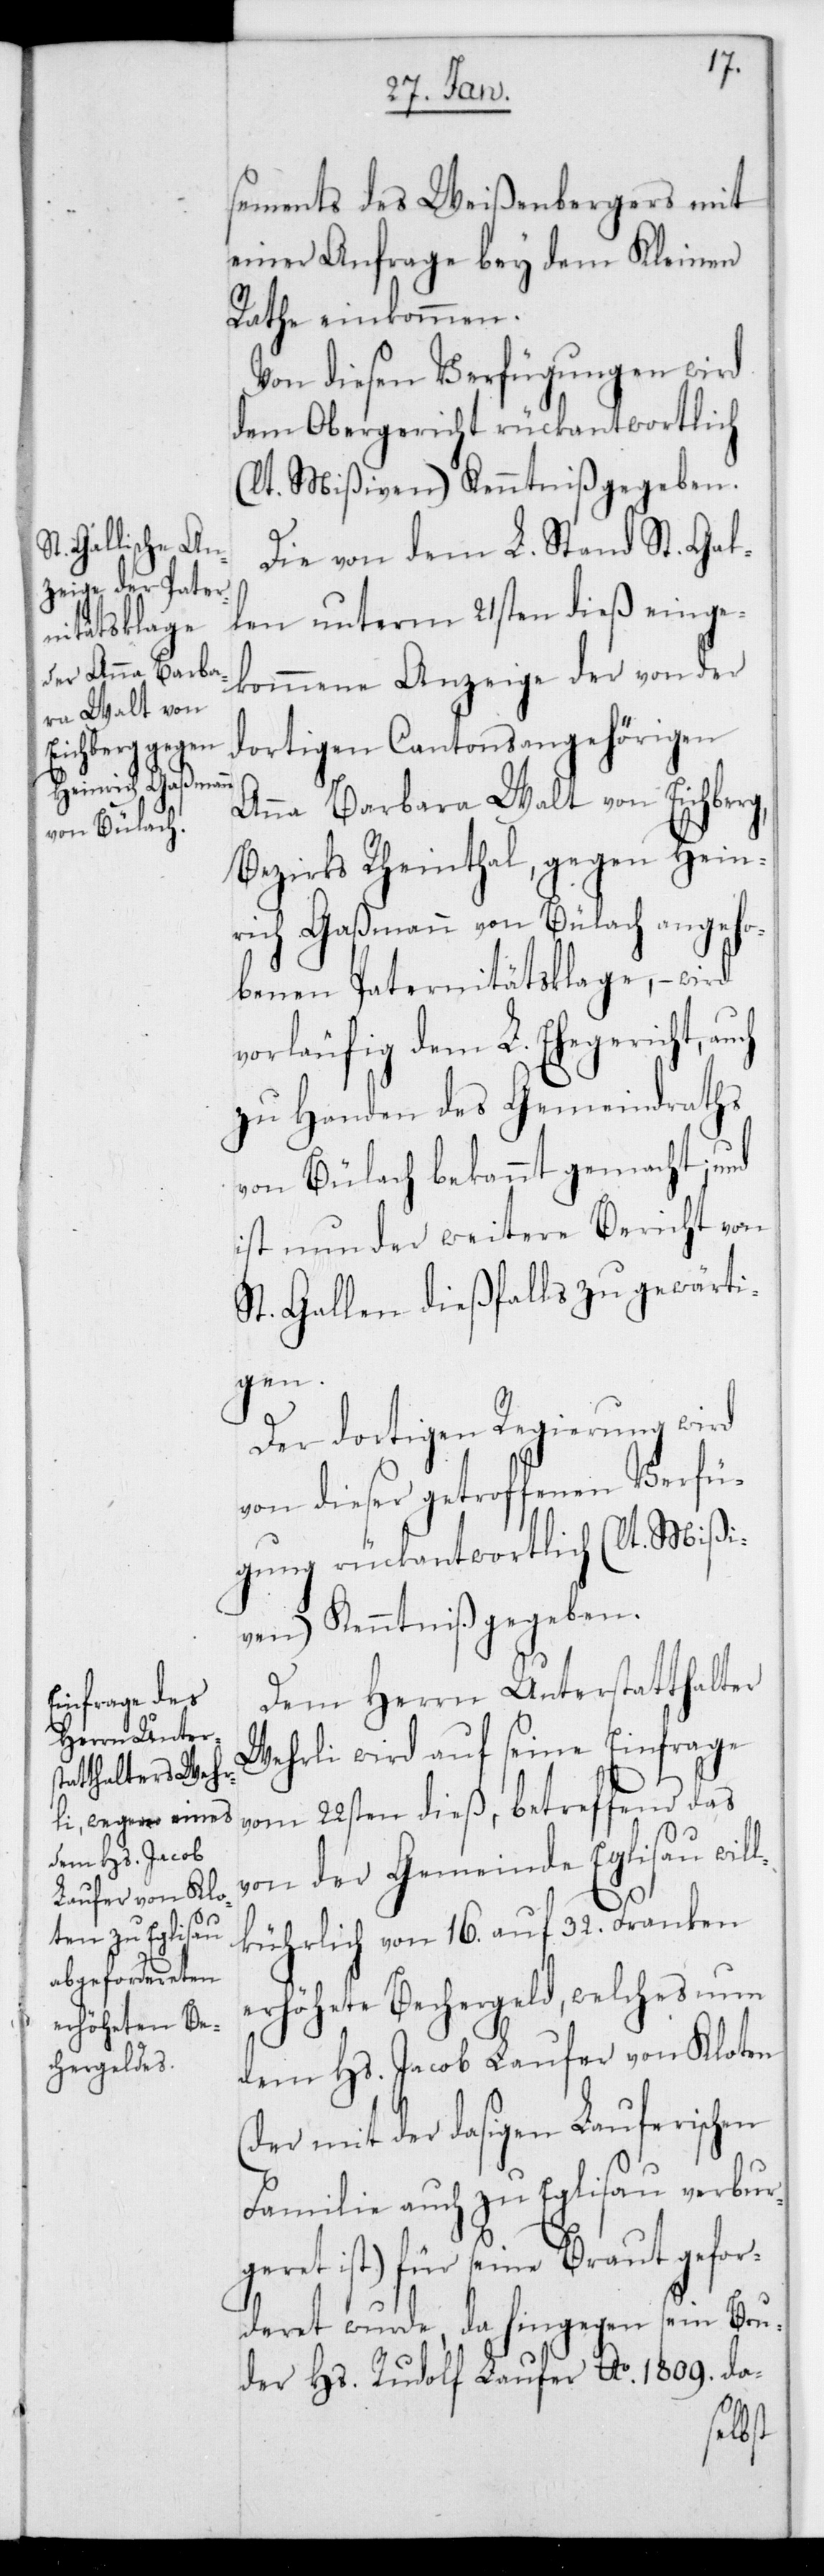
sements des Weißenbergers mit
einer Anfrage bey dem Kleinen
Rathe einkommen.
Von diesen Verfügungen wird
dem Obergericht rückantwortlich
(lt. Mißiven) Kenntniß gegeben.
Die von dem L. Stand St. Gal¬
len unterm 21sten dieß einge¬
kommene Anzeige der von der
dortigen Cantonsangehörigen
Anna Barbara Walt von Eichberg,
Bezirks Rheinthal, gegen Hein¬
rich Gaßmann von Bülach angeho¬
benen Paternitätsklage, – wird
vorläufig dem L. Ehegericht,
zu Handen des Gemeindraths
von Bülach bekannt gemacht, und
ist nun der weitere Bericht von
St. Gallen dießfalls zu gewärti¬
gen.
Der dortigen Regierung wird
von dieser getroffenen Verfü¬
gung rückantwortlich (lt. Mißi¬
ven) Kenntniß gegeben.
Dem Herrn Unterstatthalter
Wehrli wird auf seine Einfrage
vom 22sten dieß, betreffend das
von der Gemeinde Eglisau wil¬
lkührlich von 16. auf 32. Franken
erhöhete Bechergeld, welches nun
dem Hs. Jacob Laufer von Kloten
(der mit der dasigen Lauferischen
Familie auch zu Eglisau verbur¬
geret ist) für seine Braut gefor¬
deret wurde, da hingegen sein Bru¬
der Hs. Rudolf Laufer Ao 1809. da-